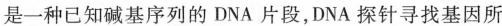
是一种已知碱基序列的DNA片段，DNA探针寻找基因所